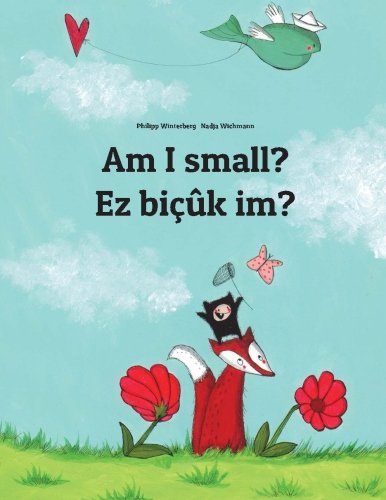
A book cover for Am I small? Ez bicuk im?: Children's Picture Book English-Kurdish (Dual Language/Bilingual Edition); Philipp Winterberg; Children's Books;